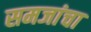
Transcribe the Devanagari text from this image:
समजांचा